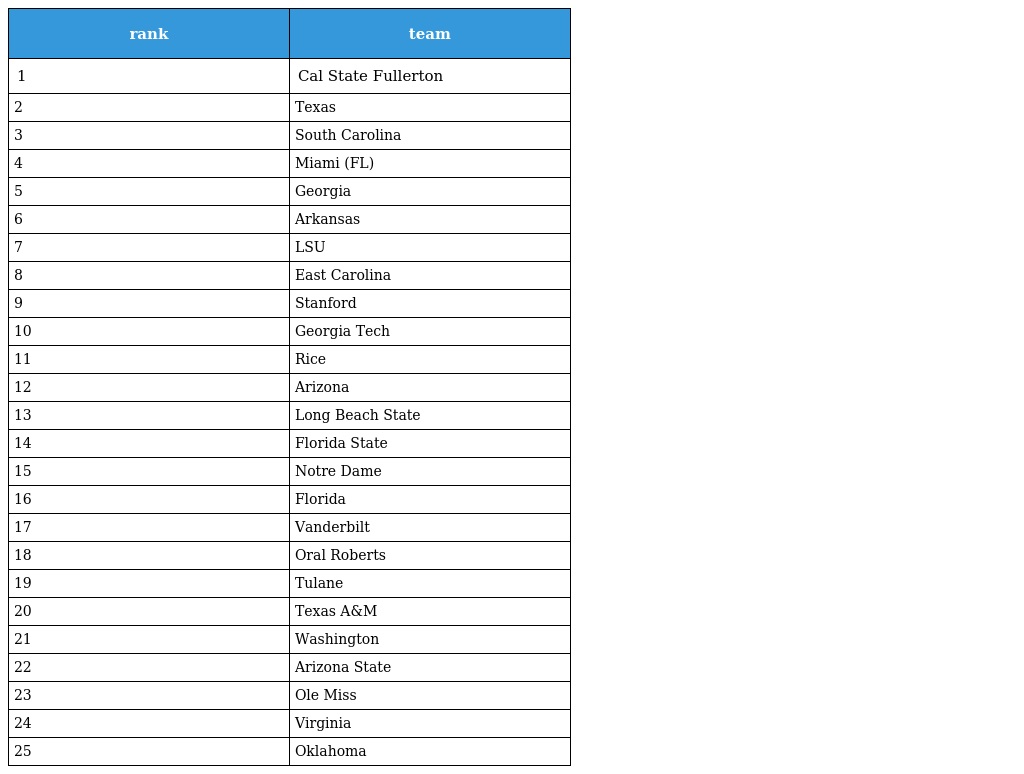
| rank | team |
 | --- | --- |
 | 1 | Cal State Fullerton |
 | 2 | Texas |
 | 3 | South Carolina |
 | 4 | Miami (FL) |
 | 5 | Georgia |
 | 6 | Arkansas |
 | 7 | LSU |
 | 8 | East Carolina |
 | 9 | Stanford |
 | 10 | Georgia Tech |
 | 11 | Rice |
 | 12 | Arizona |
 | 13 | Long Beach State |
 | 14 | Florida State |
 | 15 | Notre Dame |
 | 16 | Florida |
 | 17 | Vanderbilt |
 | 18 | Oral Roberts |
 | 19 | Tulane |
 | 20 | Texas A&M |
 | 21 | Washington |
 | 22 | Arizona State |
 | 23 | Ole Miss |
 | 24 | Virginia |
 | 25 | Oklahoma |